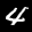
Label: 4